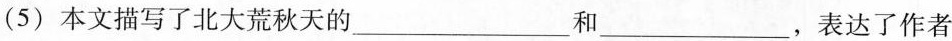
(5) 本文描写了北大荒秋天的___和___，表达了作者